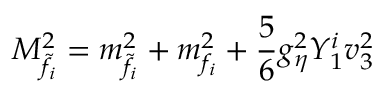
M _ { \tilde { f _ { i } } } ^ { 2 } = m _ { \tilde { f _ { i } } } ^ { 2 } + m _ { f _ { i } } ^ { 2 } + \frac { 5 } { 6 } g _ { \eta } ^ { 2 } Y _ { 1 } ^ { i } v _ { 3 } ^ { 2 }